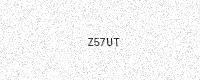
Text: Z57UT